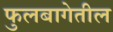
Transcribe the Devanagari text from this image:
फुलबागेतील